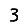
Digit: 3